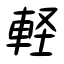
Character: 軽